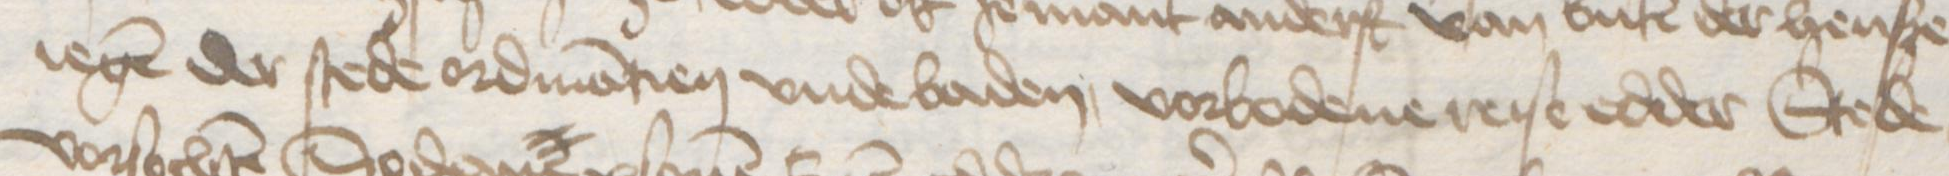
iegen der stede ordinantien vnde baden, vorbodene reise edder Stede